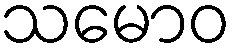
သမောဝ